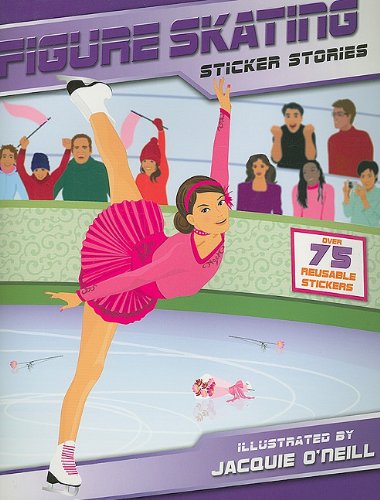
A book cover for Figure Skating (Sticker Stories); Children's Books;